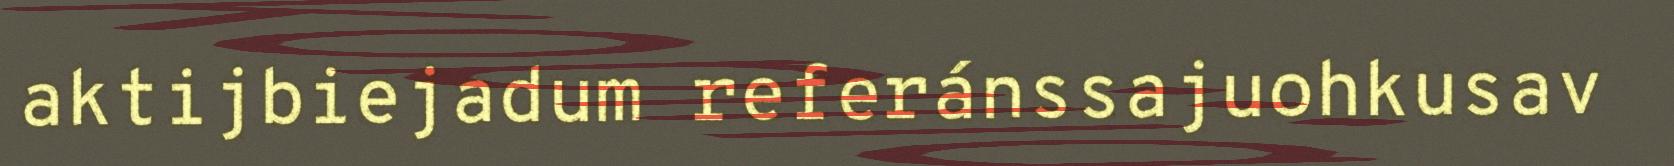
aktijbiejadum referánssajuohkusav